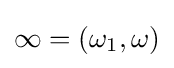
\infty =(\omega _{1},\omega )